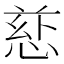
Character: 𪬄